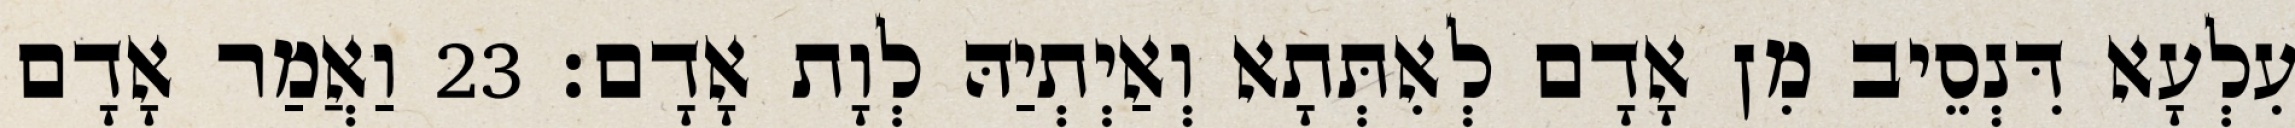
עִלְעָא דִּנְסֵיב מִן אָדָם לְאִתְּתָא וְאַיְתְיַהּ לְוָת אָדָם׃ 23 וַאֲמַר אָדָם